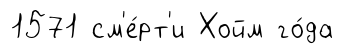
1571 см'е́рт'и Хойм го́да